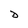
Character: D